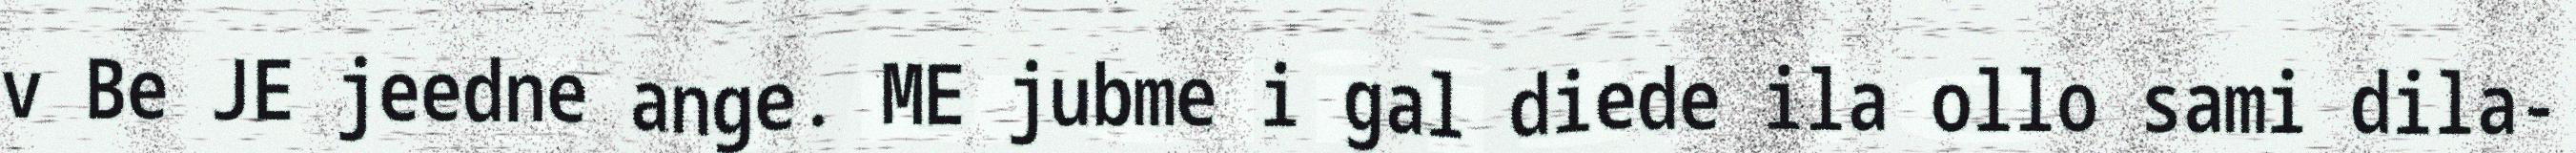
v Be JE jeedne ange. ME jubme i gal diede ila ollo sami dila-